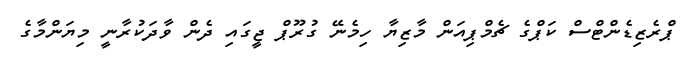
ޕްރެޒިޑެންޓްސް ކަޕްގެ ޗެމްޕިއަން މާޒިޔާ ހިމެނޭ ގުރޫޕް ޖީގައި ދެން ވާދަކުރާނީ މިޔަންމާގެ